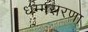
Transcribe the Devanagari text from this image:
धम्मसरणा